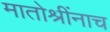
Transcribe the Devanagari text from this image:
मातोश्रींनाच